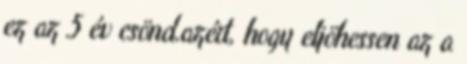
ez az 5 év csönd.azért, hogy eljöhessen az a